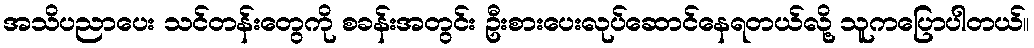
အသိပညာပေး သင်တန်းတွေကို စခန်းအတွင်း ဦးစားပေးလုပ်ဆောင်နေရတယ်လို့ သူကပြောပါတယ်။